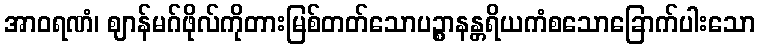
အာဝရဏံ၊ ဈာန်မဂ်ဖိုလ်ကိုတားမြစ်တတ်သောပဉ္စာနန္တရိယကံစသောခြောက်ပါးသော